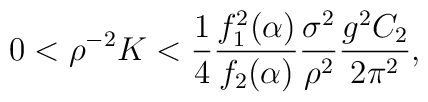
0 < \rho^{-2} K < {1 \over 4}{f_1^2(\alpha) \over f_2(\alpha)}{\sigma^2 \over \rho^2} {g^2 C_2 \over 2\pi^2}  ,